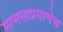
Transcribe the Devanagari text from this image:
माणसाप्रमाणेच